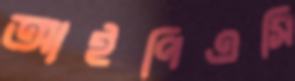
আইপিএসি